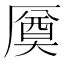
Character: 𠪝